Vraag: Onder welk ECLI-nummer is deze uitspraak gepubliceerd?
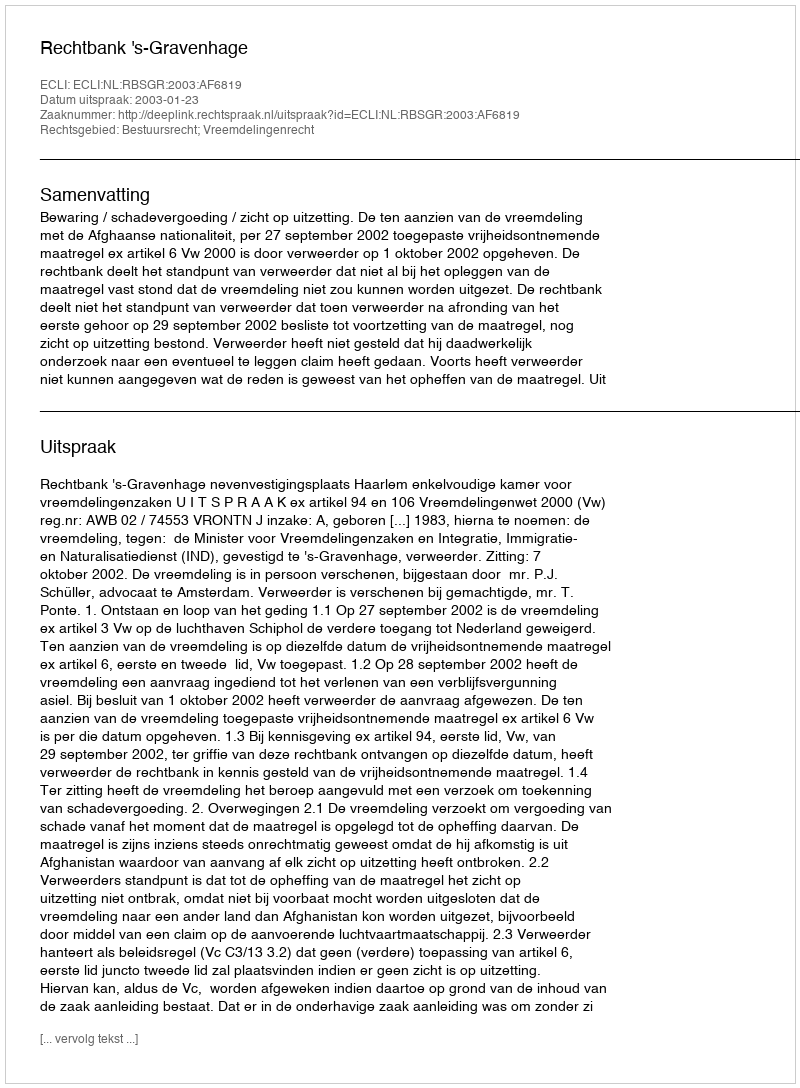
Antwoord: ECLI:NL:RBSGR:2003:AF6819